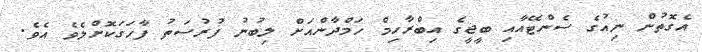
އެގޮތުން ނިއުގެ ސެންޓޭއާއި ބީޖީގެ އިބްރާހިމް ހަމްދާންއަށް ލިބުނު ފުރުސަތު ފާހަގަކޮށްލެވެ އެވެ.